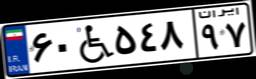
۶۰W۵۴۸۹۷